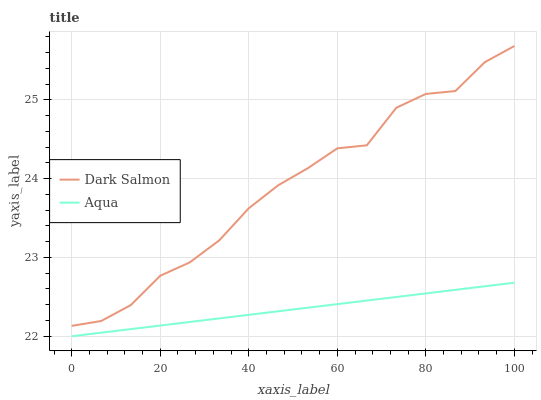
| xaxis_label | Dark Salmon | Aqua |
 | --- | --- | --- |
 | 0 | 22.1 | 22 |
 | 6.67 | 22.2 | 22 |
 | 13.3 | 22.4 | 22.1 |
 | 20 | 22.8 | 22.1 |
 | 26.7 | 22.9 | 22.2 |
 | 33.3 | 23.2 | 22.2 |
 | 40 | 23.6 | 22.3 |
 | 46.7 | 23.9 | 22.3 |
 | 53.3 | 24.1 | 22.4 |
 | 60 | 24.4 | 22.4 |
 | 66.7 | 24.4 | 22.5 |
 | 73.3 | 24.9 | 22.5 |
 | 80 | 25.1 | 22.5 |
 | 86.7 | 25.1 | 22.6 |
 | 93.3 | 25.5 | 22.6 |
 | 100 | 25.7 | 22.7 |